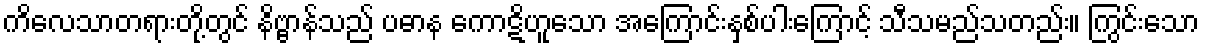
ကိလေသာတရားတို့တွင် နိဗ္ဗာန်သည် ပဓာန ကောဋိဟူသော အကြောင်းနှစ်ပါးကြောင့် သီသမည်သတည်း။ ကြွင်းသော